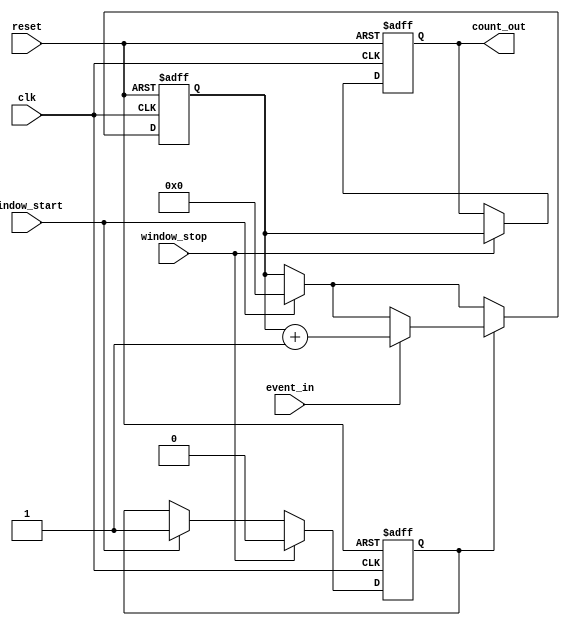
module windowed_counter #(
    parameter COUNTER_WIDTH = 8 // Adjustable counter width (8-bit by default)
)(
    input wire clk,               // Clock signal
    input wire reset,             // Asynchronous reset signal
    input wire event_in,          // Input event signal (to count)
    input wire window_start,       // Signal to start the counting window
    input wire window_stop,        // Signal to stop the counting window
    output reg [COUNTER_WIDTH-1:0] count_out // Current count output
);

    // Internal signals
    reg counting;                  // State to indicate counting is active
    reg [COUNTER_WIDTH-1:0] count; // Internal counter register

    // Asynchronous reset and counting logic
    always @(posedge clk or posedge reset) begin
        if (reset) begin
            count <= 0;            // Reset the count to 0
            count_out <= 0;        // Reset the output count
            counting <= 0;         // Reset counting state
        end else begin
            if (window_start) begin
                count <= 0;        // Initialize count at the start of the window
                counting <= 1;     // Set counting state to active
            end
            
            if (counting) begin
                if (event_in) begin
                    count <= count + 1; // Increment count on event input
                end
            end
            
            if (window_stop) begin
                count_out <= count;   // Latch the current count value
                counting <= 0;         // Stop counting
            end
        end
    end

endmodule